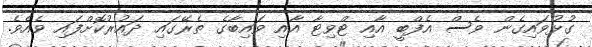
ގުޅުވައިގެން ވެސް އެފްބީ އާއި ޓްވިޓާ އާއި ވައިބާގެ ތެރޭގައި ދައުރުކޮށްފައި ވެއެވެ.